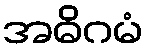
အဓိဂမံ